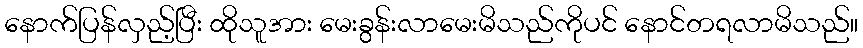
နောက်ပြန်လှည့်ပြီး ထိုသူအား မေးခွန်းလာမေးမိသည်ကိုပင် နောင်တရလာမိသည်။